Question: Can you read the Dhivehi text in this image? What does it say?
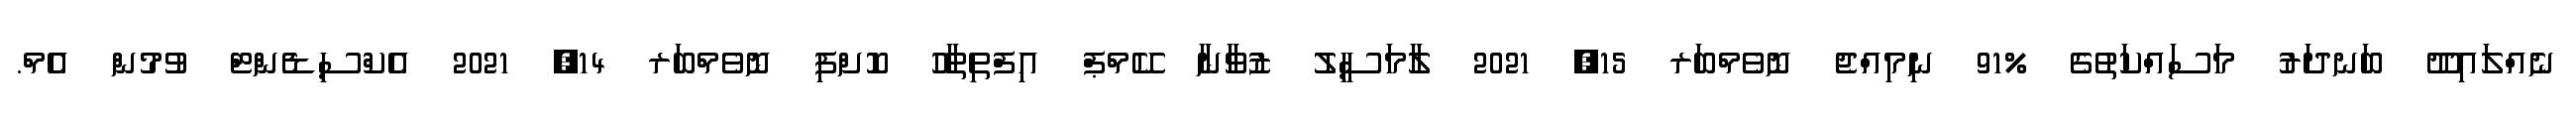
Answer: ނެއްލައިދޫ ބަނދަރު މަސައްކަތުގެ %91 ނިމިއްޖެ ނޮވެމްބަރ 15, 2021 ލާމަސީލު ޒުވާނާ ކޭމްޕް އިފްތިތާހު ކޮށްފި ނޮވެމްބަރ 14, 2021 އެކްސިޑެންޓް ވުމުން އެމް.